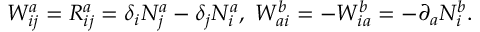
W _ { i j } ^ { a } = R _ { i j } ^ { a } = \delta _ { i } N _ { j } ^ { a } - \delta _ { j } N _ { i } ^ { a } , ~ W _ { a i } ^ { b } = - W _ { i a } ^ { b } = - \partial _ { a } N _ { i } ^ { b } .